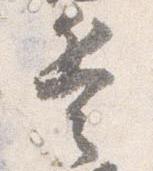
兵